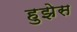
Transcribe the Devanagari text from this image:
हुझेस